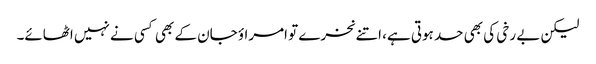
لیکن بے رخی کی بھی حد ہوتی ہے، اتنے نخرے تو امراؤ جان کے بھی کسی نے نہیں اٹھائے۔